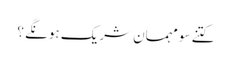
کتنے سو مہمان شریک ہونگے ؟